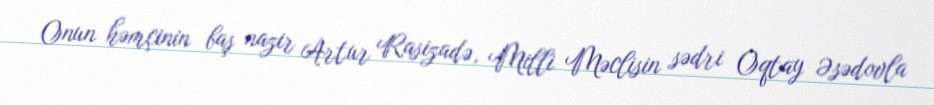
Onun həmçinin baş nazir Artur Rasizadə, Milli Məclisin sədri Oqtay Əsədovla